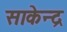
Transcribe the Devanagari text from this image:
साकेन्द्र